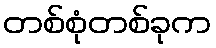
တစ်စုံတစ်ခုက